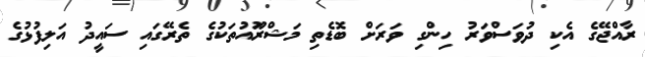
ރާއްޖޭގެ އެކި ދުވަސްވަރު ހިންގި ވަރަށް ބޮޑެތި މަޝްރޫައުތަކުގެ ތެރޭގައި ސައީދު އަލިފުޅުގެ